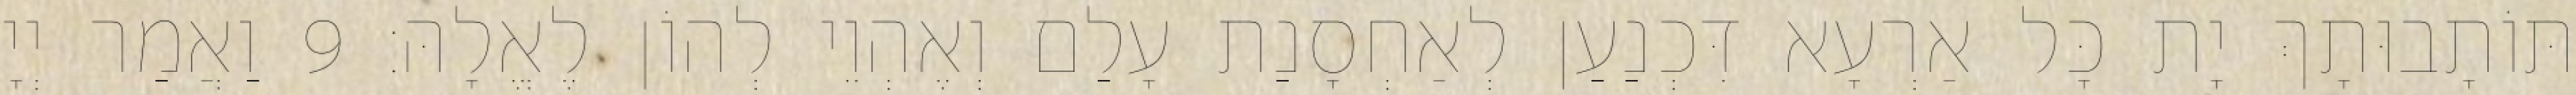
תּוֹתָבוּתָךְ יָת כָּל אַרְעָא דִּכְנַעַן לְאַחְסָנַת עָלַם וְאֶהְוֵי לְהוֹן לֶאֱלָהּ׃ 9 וַאֲמַר יְיָ